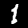
Label: 1